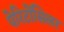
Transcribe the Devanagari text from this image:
पेरिटोंसिलर